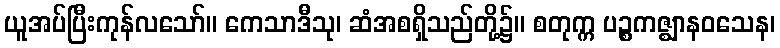
ယူအပ်ပြီးကုန်လသော်။ ကေသာဒီသု၊ ဆံအစရှိသည်တို့၌။ စတုက္က ပဉ္စကဇ္ဈာနဝသေန၊